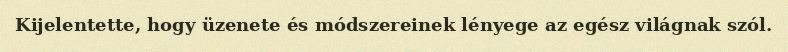
Kijelentette, hogy üzenete és módszereinek lényege az egész világnak szól.